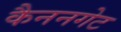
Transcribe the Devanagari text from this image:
कैननगेट